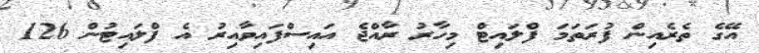
އޭގެ ތެރެއިން ފުރަތަމަ ފްލައިޓް މިހާރު ރާއްޖެ އައިސްފައިވާއިރު އެ ފްލައިޓުން 126